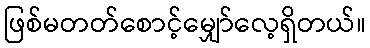
ဖြစ်မတတ်စောင့်မျှော်လေ့ရှိတယ်။